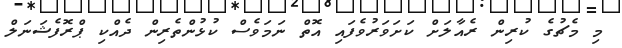
މި މެޗުގެ ކުރިން ރެއާލަށް ކަށަވަރުވެފައި އޮތް ނަމަވެސް ކުޅުންތެރިން ދެއްކި ޕްރޮފެޝަނަލް